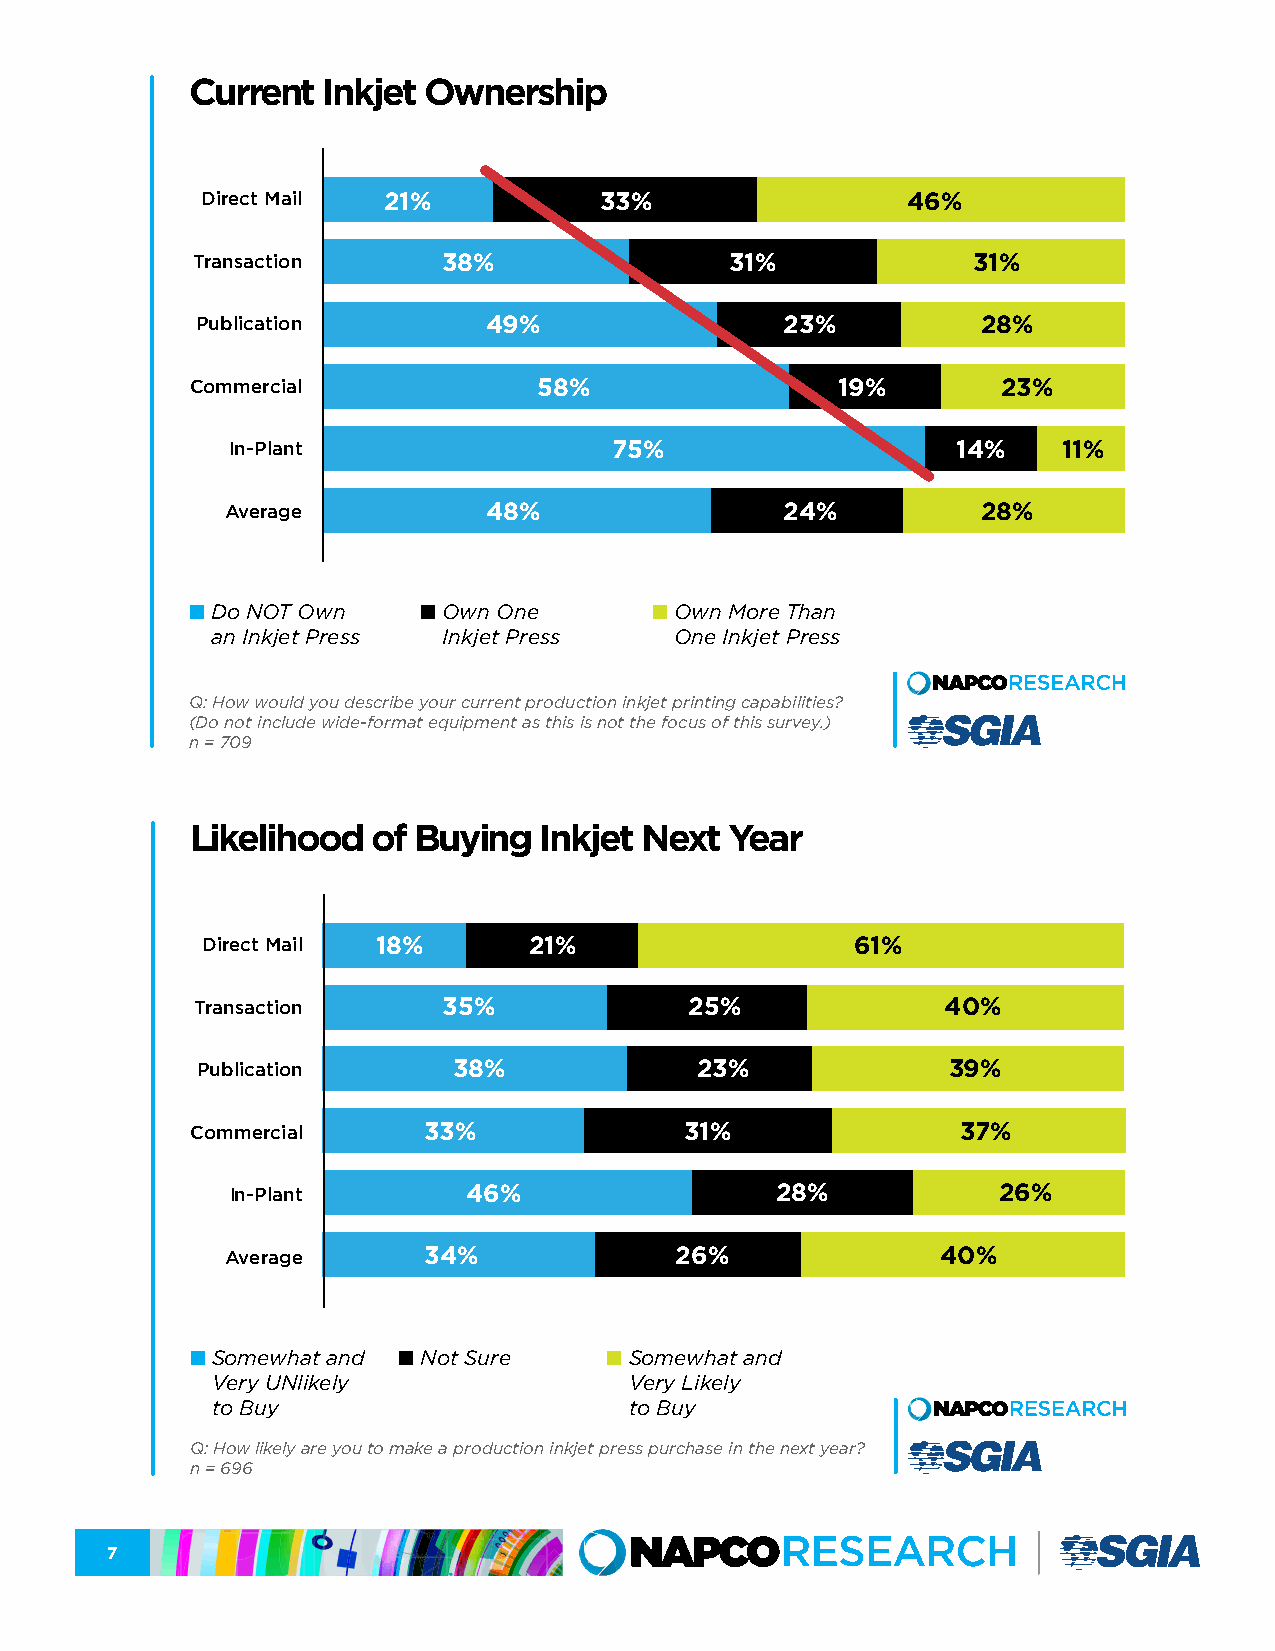
Current Inkjet Ownership
 Direct Mail 21%            33%                 46%
 Transaction     38%                31%             31%
 Publication        49%                 23%          28%
 Commercial             58%                19%        23%
 In-Plant                  75%                   14%    11%
 Average          48%                 24%          28%
 n Do NOT Own   n Own One      n Own More Than
 an Inkjet Press Inkjet Press   One Inkjet Press
 Q: How would you describe your current production inkjet printing capabilities?
 (Do not include wide-format equipment as this is not the focus of this survey.)
 n = 709
 Likelihood  of Buying  Inkjet Next Year
 Direct Mail 18%       21%                   61%
 Transaction     35%              25%              40%
 Publication      38%             23%              39%
 Commercial     33%              31%                37%
 In-Plant        46%                 28%            26%
 Average      34%              26%              40%
 n Somewhat and n Not Sure  n Somewhat and
 Very UNlikely               Very Likely
 to Buy                      to Buy
 Q: How likely are you to make a production inkjet press purchase in the next year?
 n = 696
 7